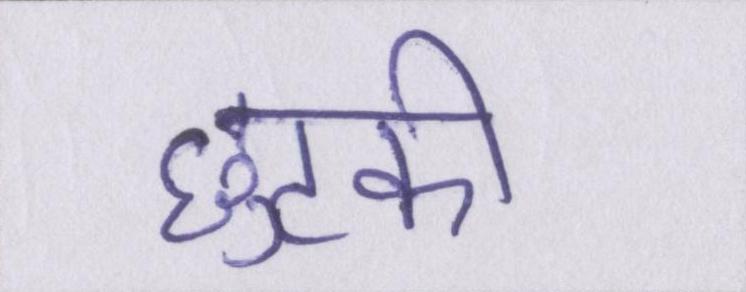
छुटकी